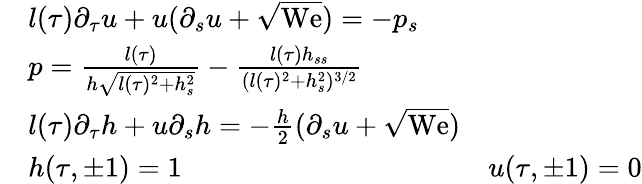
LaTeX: \begin{array}{rlr}&{l(\tau)\partial_{\tau}u+u(\partial_{s}u+\sqrt{\mathrm{We}})=-p_{s}}\\ &{p=\frac{l(\tau)}{h\sqrt{l(\tau)^{2}+h_{s}^{2}}}-\frac{l(\tau)h_{ss}}{(l(\tau)^{2}+h_{s}^{2})^{3/2}}}\\ &{l(\tau)\partial_{\tau}h+u\partial_{s}h=-\frac{h}{2}(\partial_{s}u+\sqrt{\mathrm{We}})}\\ &{h(\tau,\pm 1)=1\qquad}&{u(\tau,\pm 1)=0}\end{array}